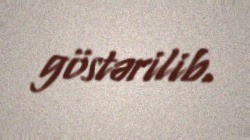
göstərilib.